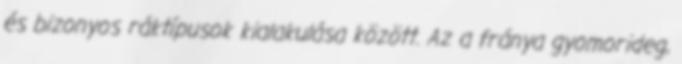
és bizonyos ráktípusok kialakulása között. Az a fránya gyomorideg,